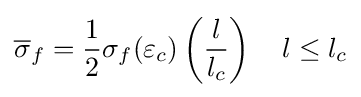
{\overline {\sigma }}_{f}={\frac {1}{2}}\sigma _{f}(\varepsilon _{c})\left({\frac {l}{l_{c}}}\right)\quad l\leq l_{c}